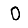
Digit: 0